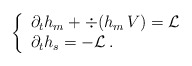
\begin{align*} \left\{ \begin{array}{l} \partial_t h_m + \div (h_m \, V ) = \mathcal{L} \\ \partial_t h_s = - \mathcal{L} \,. \end{array} \right.\end{align*}